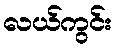
လယ်ကွင်း